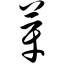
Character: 芽